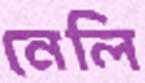
নেলি